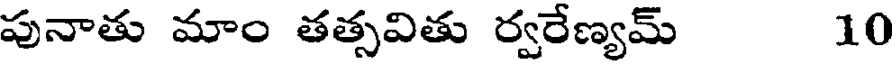
పునాతు మాం తత్సవితు ర్వరేణ్యమ్ 10